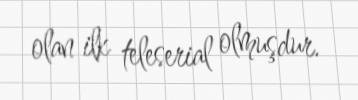
olan ilk teleserial olmuşdur.